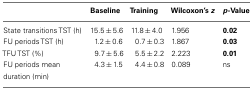
<table><thead><tr><td></td><td><b>Baseline</b></td><td><b>Training</b></td><td><b>Wilcoxon’s <i>z</i></b></td><td><b><i>p</i>-Value</b></td></tr></thead><tbody><tr><td>State transitions TST (h)</td><td>15.5 ± 5.6</td><td>11.8 ± 4.0</td><td>1.956</td><td><b>0.02</b></td></tr><tr><td>FU periods TST (h)</td><td>1.2 ± 0.6</td><td>0.7 ± 0.3</td><td>1.867</td><td><b>0.03</b></td></tr><tr><td>TFU TST (%)</td><td>9.7 ± 5.6</td><td>5.5 ± 2.2</td><td>2.223</td><td><b>0.01</b></td></tr><tr><td>FU periods mean duration (min)</td><td>4.3 ± 1.5</td><td>4.4 ± 0.8</td><td>0.089</td><td>ns</td></tr></tbody></table>